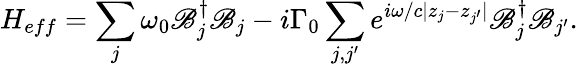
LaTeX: H_{eff}=\sum_{j}{\omega_{0}\mathscr{B}_{j}^{\dagger}\mathscr{B}_{j}}-i\Gamma_{0}\sum_{j,j^{\prime}}{e^{i\omega/c|z_{j}-z_{j^{\prime}}|}\mathscr{B}_{j}^{\dagger}\mathscr{B}_{j^{\prime}}}.